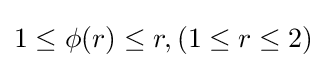
1\leq \phi (r)\leq r,\left(1\leq r\leq 2\right)\